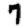
Digit: 7